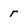
Character: r